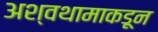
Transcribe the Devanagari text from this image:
अश्वथामाकडून